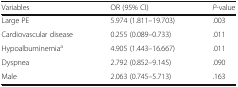
<table><thead><tr><td><b>Variables</b></td><td><b>OR (95% CI)</b></td><td><b><i>P</i>-value</b></td></tr></thead><tbody><tr><td>Large PE</td><td>5.974 (1.811–19.703)</td><td>.003</td></tr><tr><td>Cardiovascular disease</td><td>0.255 (0.089–0.733)</td><td>.011</td></tr><tr><td>Hypoalbuminemia<sup>a</sup></td><td>4.905 (1.443–16.667)</td><td>.011</td></tr><tr><td>Dyspnea</td><td>2.792 (0.852–9.145)</td><td>.090</td></tr><tr><td>Male</td><td>2.063 (0.745–5.713)</td><td>.163</td></tr></tbody></table>